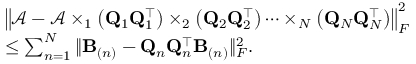
\begin{array} { r l } & { \left\| \mathcal { A } - \mathcal { A } \times _ { 1 } \left( { \bf Q } _ { 1 } { \bf Q } _ { 1 } ^ { \top } \right) \times _ { 2 } \left( { \bf Q } _ { 2 } { \bf Q } _ { 2 } ^ { \top } \right) \dots \times _ { N } \left( { \bf Q } _ { N } { \bf Q } _ { N } ^ { \top } \right) \right\| _ { F } ^ { 2 } } \\ & { \leq \sum _ { n = 1 } ^ { N } \| \mathbf { B } _ { ( n ) } - { \bf Q } _ { n } { \bf Q } _ { n } ^ { \top } \mathbf { B } _ { ( n ) } \| _ { F } ^ { 2 } . } \end{array}